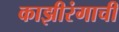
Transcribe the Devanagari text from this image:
काझीरंगाची